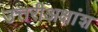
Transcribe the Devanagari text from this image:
उत्तरीअक्षांश